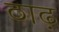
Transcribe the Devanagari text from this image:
ठाढ़